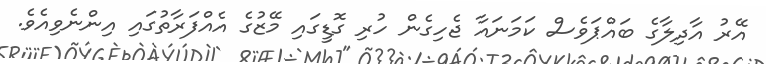
އޭރު އާދިލާގެ ބައްޕަވެސް ކަމަނައާ ޖެހިގެން ހުރި ގޮޑީގައި މޭޒުގެ އެއްފަރާތުގައި އިންނެވިއެވެ.